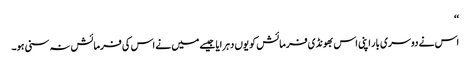
‘‘
اس نے دوسری بار اپنی اس بھونڈی فرمائش کو یوں دہرایا جیسے میں نے اس کی فرمائش نہ سنی ہو۔